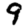
Digit: 9